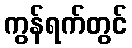
ကွန်ရက်တွင်